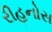
રીહનોસ